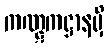
ကဏ္ဋကဋ္ဌာနမှိ